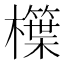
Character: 𣞫